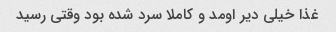
غذا خیلی دیر اومد و کاملا سرد شده بود وقتی رسید